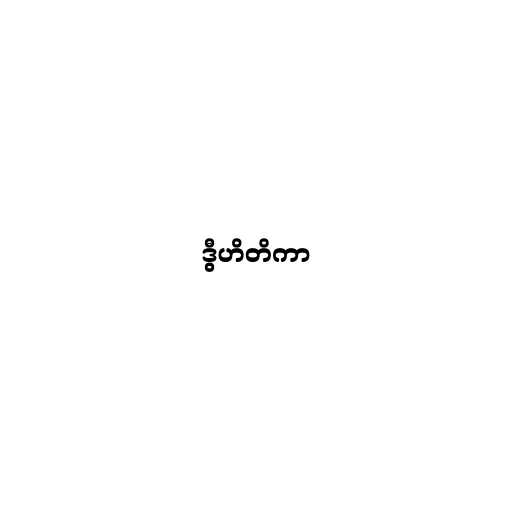
ဒွီဟိတိကာ